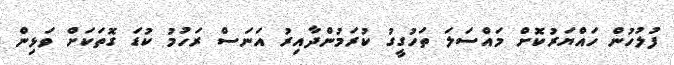
ފުލުހުން ހައްޔަރުކޮށް މައްސަލަ ތަހުގީގު ކުރަމުންދާއިރު އަނަސް ރަހުމު ކުޑަ ގޮތަކަށް ވަޅިން